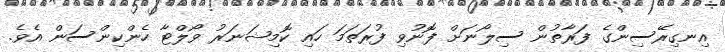
އިނގިރޭސިންގެ ފަރާތުން ސިލޯނަށް ފޮނުވި ފުރަތަމަ ހައި ކޮމިޝަނަރު ވޯލްޓާ ހެންކިންސަން އެވެ.